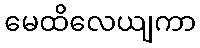
မေထိလေယျကာ